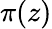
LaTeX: \pi(z)